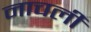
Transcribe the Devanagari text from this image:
नाचली